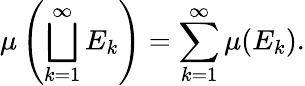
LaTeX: \mu\left(\bigsqcup_{k=1}^{\infty}E_{k}\right)=\sum_{k=1}^{\infty}\mu(E_{k}).